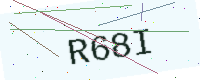
Text: R68I